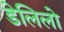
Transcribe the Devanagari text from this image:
डेलिलो